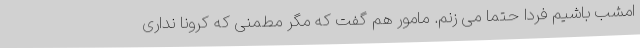
امشب باشیم فردا حتما می زنم. مامور هم گفت که مگر مطمنی که کرونا نداری